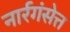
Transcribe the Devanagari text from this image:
नार्रगंसेत्त